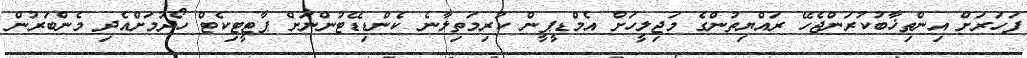
ފަހަރަށް އިންތިޚާބުކުރަންޖެހޭ ރައްޔިތުންގެ މަޖިލީހަށް އެމްޑީޕީން ކުރިމަތިލާނެ ކެންޑިޑޭޓުންނަށް ޕާޓީޓިކެޓް ހޯދުމަށްއެދި މެންބަރުން